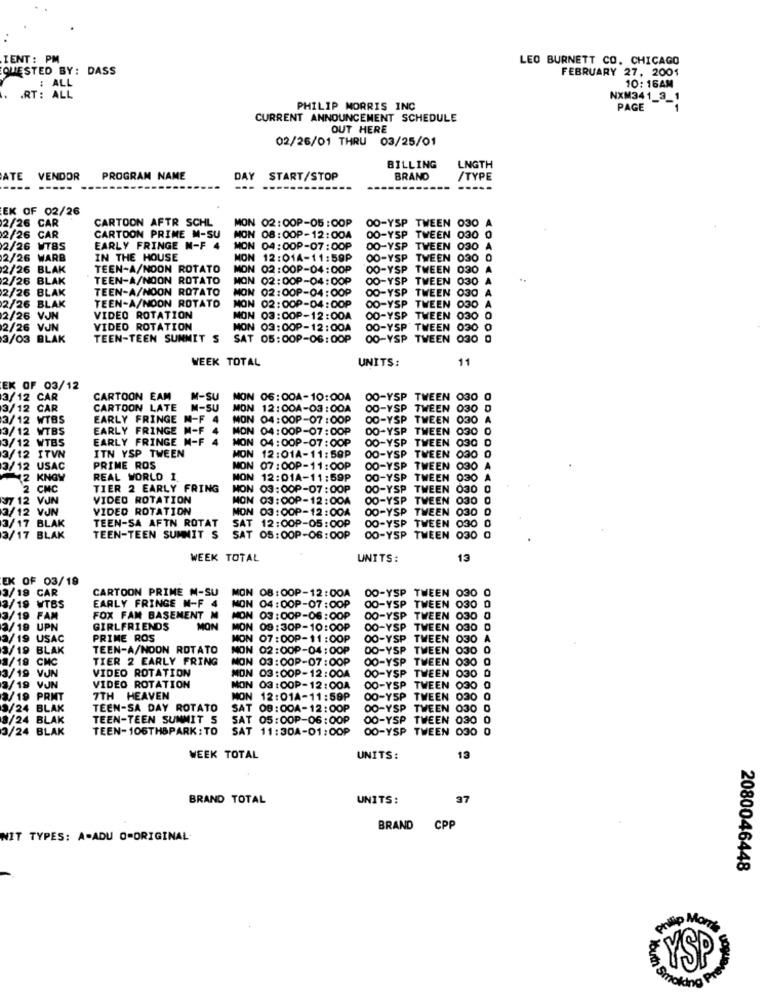
IENT : PM
LEO BURNETT CO. CHICAGO
QUESTED BY: DASS
FEBRUARY 27, 2001
10: 16AM
: ALL
.RT: ALL
NXM341_3_1
PHILIP MORRIS INC
PAGE
CURRENT ANNOUNCEMENT SCHEDULE
OUT HERE
02/26/01 THRU 03/25/01
BILLING
LNGTH
ATE
VENDOR
PROGRAM NAME
DAY START/STOP
BRAND
/TYPE
EK OF 02/26
2/26 CAR
CARTOON AFTR SCHL
MON 02:00P-05:00P
00-YSP TWEEN 030
2/26 CAR
CARTOON PRIME M-SU
MON 08:00P-12:00A
00-YSP TWEEN 030 0
2/26 WTBS
EARLY FRINGE M-F 4
MON 04:00P-07:00P
00-YSP TWEEN 030
2/26 WARB
IN THE HOUSE
MON 12:014-11:59P
00-YSP TWEEN 030 0
2/26 BLAK
TEEN-A/NOON ROTATO
MON 02:00P-04:00P
00-YSP TWEEN 030 A
2/26 BLAK
TEEN-A/NOON ROTATO
MON 02:00P-04:00P
OO-YSP TWEEN 030 A
2/26 BLAK
TEEN-A/NOON ROTATO
MON 02:00P-04:00P
OO-YSP TWEEN 030
A
TEEN-A/NOON ROTATO
A
2/26 BLAK
MON 02:00P-04:00P
OO-YSP TWEEN 030
2/26 VJN
VIDEO ROTATION
MON 03:00P-12:00A
00-YSP TWEEN 030 0
2/26 VJN
VIDED ROTATION
MON 03:00P-12:00A
00-YSP TWEEN 030 0
3/03 BLAK
TEEN-TEEN SUMMIT S SAT 05:00P-06: 00P
00-YSP TWEEN 030 0
WEEK TOTAL
UNITS:
11
EK OF 03/12
3/12 CAR
CARTOON EAM
M-SU
MON 06:00A-10:00A
00-YSP TWEEN 030 0
3/12 CAR
CARTOON LATE
M-SU
MON 12:00A-03:00A
OO-YSP TWEEN 030 D
3/12 WTBS
EARLY FRINGE M-F 4 MON 04:00P-07:00P
4
00-YSP TWEEN 030
3/12 WTBS
EARLY FRINGE M-F
MON 04:00P-07:00P
DO-YSP
TWEEN 030
EARLY FRINGE M-F 4
MON 04:00P-07:00P
00-YSP
TWEEN 030
3/12 WTB5
ITN YSP TWEEN
TWEEN 030 0
3/12 ITVN
MON 12:01A-11:59P
00-YSP
3/12 USAC
PRIME ROS
MON 07:00P-11:00P
OO-YSP TWEEN 030 A
12 KNGW
REAL WORLD 1.
NON 12:01A-11:59P
CO-YSP TWEEN 030 A
2 CMC
TIER 2 EARLY FRING
NON 03: OOP-07:00P
00-YSP TWEEN 030 0
37 12 VJN
VIDEO ROTATION
MON 03:00P-12:00A
OO-YSP TWEEN 030 0
3/12 VJN
VIDEO ROTATION
MON 03:00P-12:00A
OO-YSP TWEEN 030 0
TEEN-SA AFIN ROTAT
SAT 12:00P-05:00P
00-YSP TWEEN 030 0
3/17 BLAK
3/17 BLAK
TEEN-TEEN SUMMIT S
SAT 05:00P-06:00P
DO-YSP TWEEN 030 0
WEEK TOTAL
UNITS:
13
EK OF 03/19
CARTOON PRIME M-SU
MON 08: 00P-12:00A
DO-YSP TWEEN 030 0
3/19 CAR
3/19 WTBS
EARLY FRINGE M-F 4
MON 04:00P-07:00P
00-YSP TWEEN 030 0
3/19 FAM
FOX FAM BASEMENT M
MON 03:00P-06:00P
00-YSP TWEEN 030 0
3/19 UPN
GIRLFRIENDS
MON
MON 09:30P-10:00P
OO-YSP TWEEN 030 0
2/19 USAC
PRIME ROS
MON 07:00P-11:00P
00-YSP TWEEN 030
3/19 BLAK
TEEN-A/NOON ROTATO
NON 02:00P-04: 00P
DO-YSP TWEEN 030
1/19 CNC
TIER 2 EARLY FRING
4 03:00P-07:00P
OO-YSP TWEEN 030
3/19 VJN
VIDEO ROTATION
OO-YSP TWEEN 030 0
MON 03:00P-12:00A
3/19 VJN
VIDEO ROTATION
MON OG :OOP-12:00A
00-YSP TWEEN 030
3/19 PRMT
7TH HEAVEN
MON 12:01A-11:59P
00-YSP TWEEN 030 0
9/24 BLAK
TEEN-SA DAY ROTATO
SAT 08: 00A-12:00P
00-YSP TWEEN 030 0
3/24 BLAK
TEEN-TEEN SUMMIT S
SAT 05:00P-06:00P
00-YSP TWEEN 030 0
3/24 BLAK
TEEN-106THBPARK: TO
SAT 11:30A-01:00P
00-YSP
TWEEN 030
WEEK TOTAL
UNITS:
13
BRAND TOTAL
UNITS:
37
BRAND
CPP
NIT TYPES: A-ADU O-ORIGINAL
2080046448
gollip Mom's
YSI
Smoldne Pr